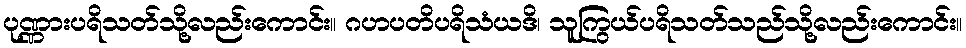
ပုဏ္ဏားပရိသတ်သို့လည်းကောင်း။ ဂဟပတိပရိသံယဒိ၊ သူကြွယ်ပရိသတ်သည်သို့လည်းကောင်း။